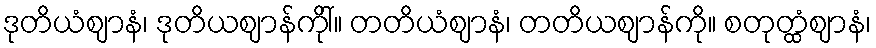
ဒုတိယံဈာနံ၊ ဒုတိယဈာန်ကိုါ်။ တတိယံဈာနံ၊ တတိယဈာန်ကို။ စတုတ္ထံဈာနံ၊